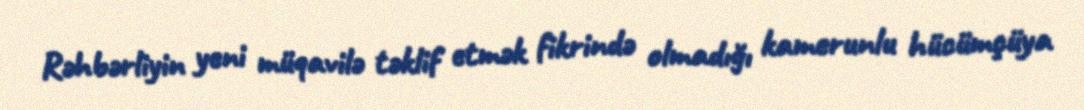
Rəhbərliyin yeni müqavilə təklif etmək fikrində olmadığı kamerunlu hücümçüya